Annual report on the Civil Veterinary Department, Burma (including the Insein Veterinary School) - 1932-1941
Year: 1932
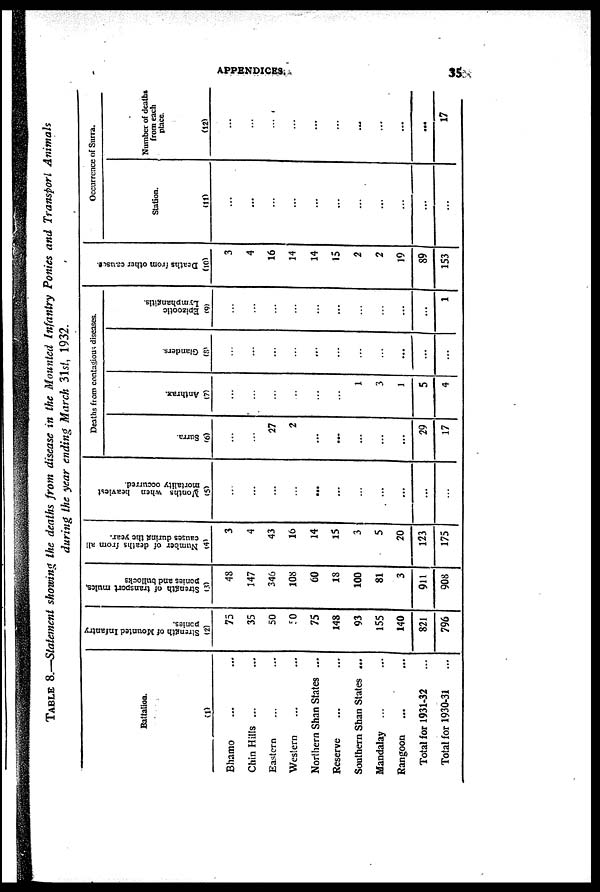
APPENDICES.
35
TABLE 8.—Statement showing the deaths from disease in the Mounted Infantry Ponies and Transport Animals
during the year ending March 31st, 1932.
Battalion.
(1)
Bhamo ... ...
Chin Hills ... ...
Eastern ... ...
Western ... ...
Northern Shan States ...
Reserve ... ...
Southern Shan States ...
Mandalay ... ...
Rangoon ... ...
Total for 1931-32 ...
Total for 1930-31 ...
Strength of Mounted Infantry
ponies.
(2)
75
35
50
50
75
148
93
155
140
821
796
Strength of transport mules,
ponies and bullocks
(3)
48
147
346
108
60
18
100
81
3
911
908
Number of deaths from all
causes during the year.
(4)
3
4
43
16
14
15
3
5
20
123
175
Months when heaviest
mortality occurred.
(5)
...
...
...
...
...
...
...
...
...
...
...
Deaths from contagious diseases.
Surra.
(6)
...
...
27
2
...
...
...
...
...
29
17
Anthrax.
(7)
...
...
...
...
...
...
1
3
1
5
4
Glanders.
(8)
...
...
...
...
...
...
...
...
...
...
...
Epizootic
Lymphangitis.
(9)
...
...
...
...
...
...
...
...
...
...
1
Deaths from other causes.
(10)
3
4
16
14
14
15
2
2
19
89
153
Occurrence of Surra.
Station.
(11)
...
...
...
...
...
...
...
...
...
...
...
Number of deaths
from each
place.
(12)
...
...
...
...
...
...
...
...
...
...
17